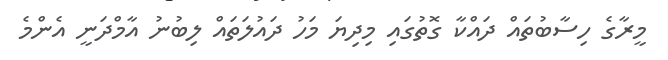
މީރާގެ ހިސާބުތައް ދައްކާ ގޮތުގައި މިދިޔަ މަހު ދައުލަތައް ލިބުނު އާމްދަނީ އެންމެ